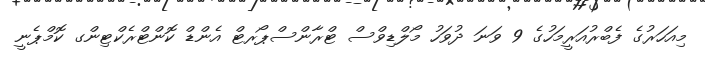
މިއަހަރުގެ ފެބްރުއަރީމަހުގެ 9 ވަނަ ދުވަހު މޯލްޑިވްސް ޓްރާންސްޕޯރޓް އެންޑް ކޮންޓްރެކްޓިންގ ކޮމްޕެނީ